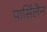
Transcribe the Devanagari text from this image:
पार्सिलैन